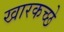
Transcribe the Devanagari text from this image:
खारकच्छे